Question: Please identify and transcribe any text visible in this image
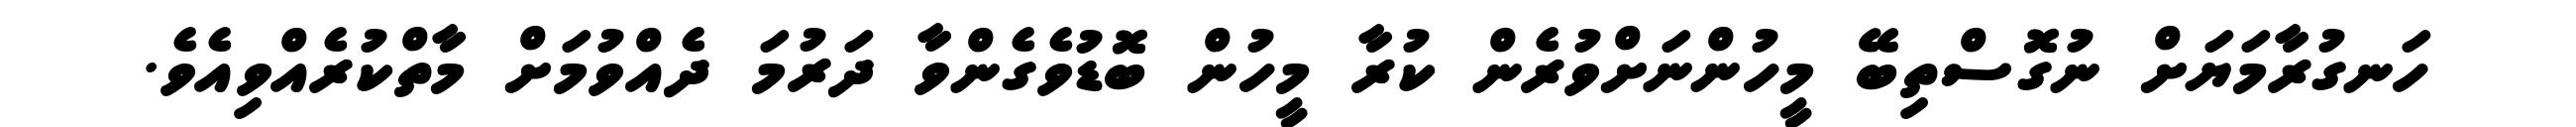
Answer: ހަނގުރާމަޔަށް ނުގޮސްތިބޭ މީހުންނަށްވުރެން ކުރާ މީހުން ބޮޑުވެގެންވާ ދަރުމަ ދެއްވުމަށް މާތްކުރެއްވިއެވެ.